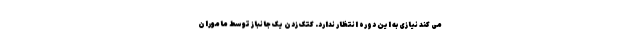
می کند نیازی به این دوره انتظار ندارد. کتک زدن یک جانباز توسط ماموران